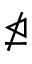
\ntrianglelefteq